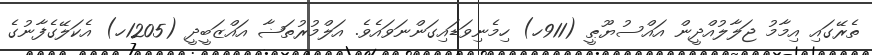
ތެރޭގައި އިމާމު ޖަލާލުއްދީން އައްސުޔޫޠީ (911ހ) ހިމެނިވަޑައިގަންނަވައެވެ. އަލްމުރުތަޟާ އައްޒަބީދީ (1205ހ) އެކަލޭގެފާނުގެ